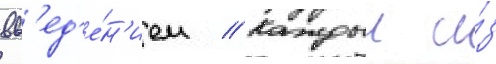
вв'ед'е́н'ием // Каждыи и́з